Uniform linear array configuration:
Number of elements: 8
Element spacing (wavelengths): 1
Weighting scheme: binomial
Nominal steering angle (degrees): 0
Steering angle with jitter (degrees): -1.792
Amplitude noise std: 0.05
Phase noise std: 0.05

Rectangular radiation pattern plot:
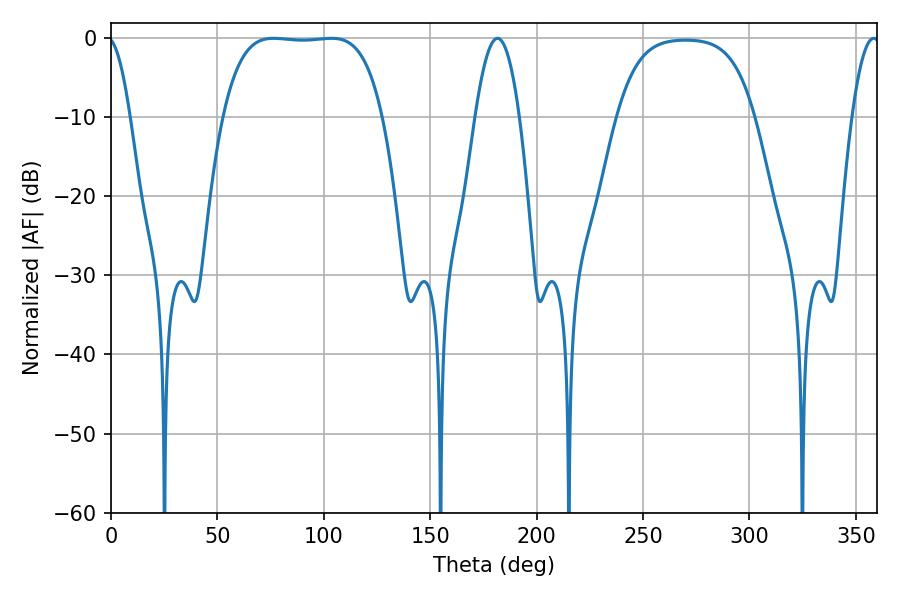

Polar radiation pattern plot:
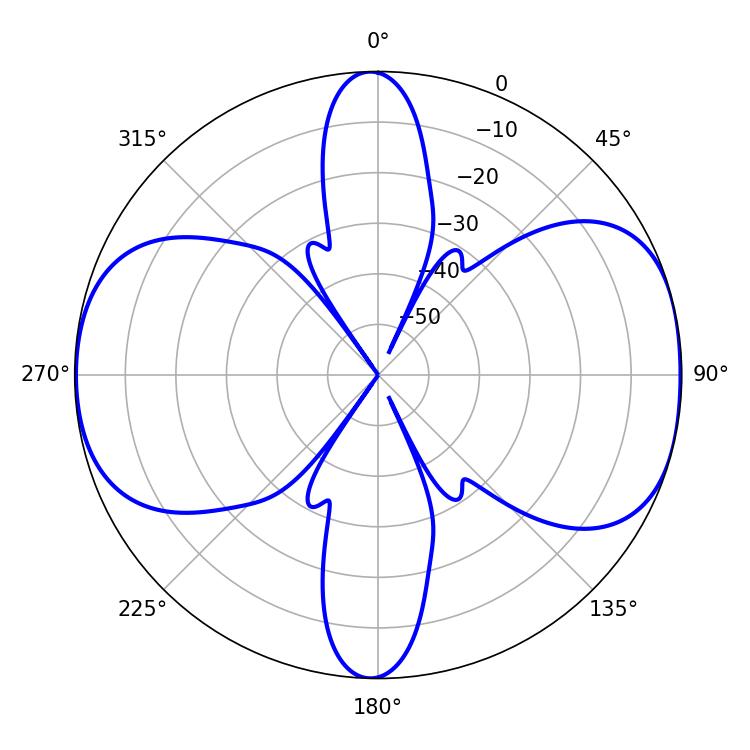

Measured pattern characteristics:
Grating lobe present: TRUE
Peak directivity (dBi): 9.347
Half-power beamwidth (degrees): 11.34
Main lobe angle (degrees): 181.62